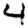
Digit: 4